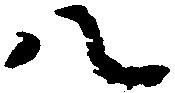
八